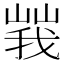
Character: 𡻍